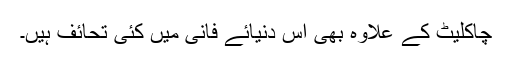
چاکلیٹ کے علاوہ بھی اس دنیائے فانی میں کئی تحائف ہیں۔